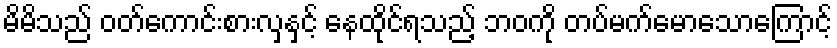
မိမိသည် ဝတ်ကောင်းစားလှနှင့် နေထိုင်ရသည့် ဘဝကို တပ်မက်မောသောကြောင့်